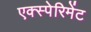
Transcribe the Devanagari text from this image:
एक्स्पेरिमेंट